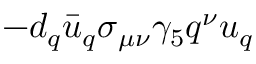
- d _ { q } \bar { u } _ { q } \sigma _ { \mu \nu } \gamma _ { 5 } q ^ { \nu } u _ { q }